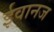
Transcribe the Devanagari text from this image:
ईवानज